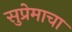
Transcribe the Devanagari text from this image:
सुप्रेमाचा